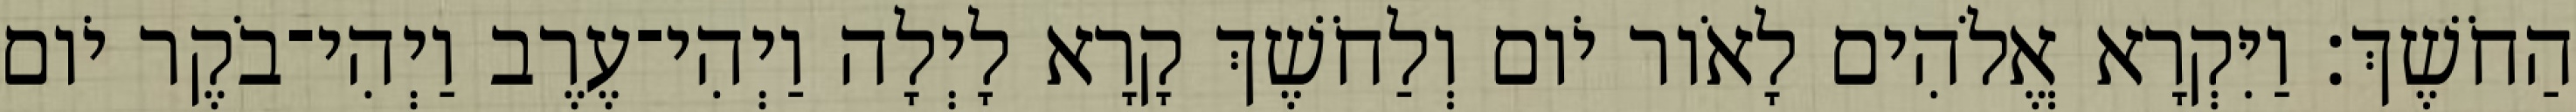
הַחֹשֶׁךְ׃ וַיִּקְרָא אֱלֹהִים לָאֹור יֹום וְלַחֹשֶׁךְ קָרָא לָיְלָה וַיְהִי־עֶרֶב וַיְהִי־בֹקֶר יֹום